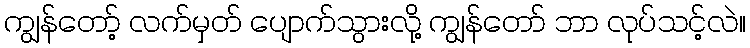
ကျွန်တော့် လက်မှတ် ပျောက်သွားလို့ ကျွန်တော် ဘာ လုပ်သင့်လဲ။